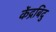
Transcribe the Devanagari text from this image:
केंद्रबिदु